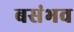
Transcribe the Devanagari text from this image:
बसंभव